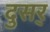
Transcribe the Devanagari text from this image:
दुसर्